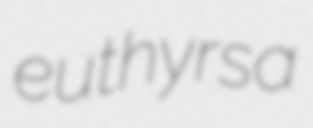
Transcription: euthyrsa